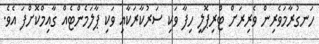
ހަނގުރާމަވެރިން ވެރިރަށް ޓްރިޕޮލީ ހިފާ ވަކި ސަރުކާރަކާއި ވަކި ޕާލަމެންޓެއް ގާއިމްކޮށްފަ އެވެ.